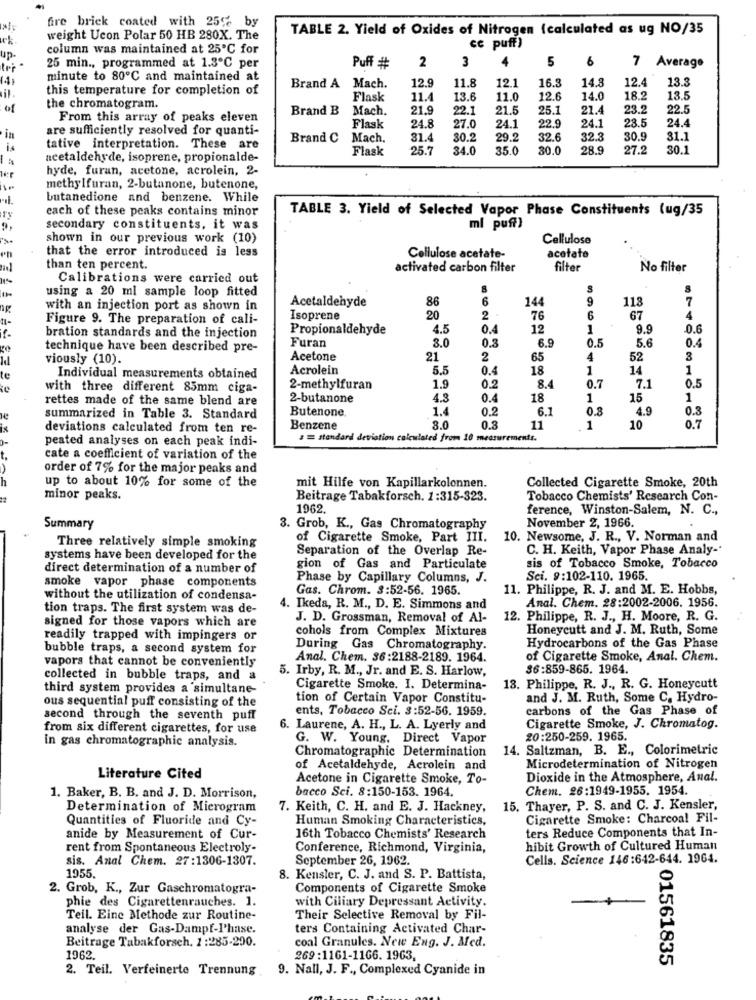
fire brick coated with 255% by
TABLE 2. Yield of Oxides of Nitrogen (calculated as ug NO/35
weight Ucon Polar 50 HB 280X. The
cc puff)
column was maintained at 25℃ for
2
3
5
25 min ., programmed at 1.3℃ per
Puff #
7 Average
minute to 80℃ and maintained at
11.8
16.5
14.3
12.4
13.3
this temperature for completion of
Brand A Mach.
12.9
12.1
Flask
11.4
13.6
11.0
12.6
14.0
18.2
13.5
01
the chromatogram.
Brand B
Mach.
21.9
22.1
21.5
25.1
21.4
23.2
22.5
From this array of peaks eleven
24.1
24.1
23.5
24.4
are sufficiently resolved for quanti-
Flask
24.8
27.0
22.9
in
Brand C
Mach.
31.4
30.2
32.6
32.3
30.9
31.1
tative interpretation. These are
Flask
25.7
34.0
35.0
30.0
28.9
27.2
30.1
1 %
acetaldehyde, isoprene, propionalde-
hyde, furan, acetone, acrolein, 2-
methylfuran, 2-butanone, butenone,
butanedione and benzene. While
each of these peaks contains minor
TABLE 3. Yield of Selected Vapor Phase Constituents (ug/35
secondary constituents, it was
ml puff)
shown in our previous work (10)
Cellulose
that the error introduced is less
Cellulose acetate-
acetate
than ten percent.
activated carbon filter
filter
No filter
Calibrations were carried out
using a 20 ml sample loop fitted
Acetaldehyde
86
6
144
9
113
7
with an injection port as shown in
Figure 9. The preparation of cali-
Isoprene
20
2
76
6
67
Propionaldehyde
4.5
0.4
12
1
9.9
0.6
bration standards and the injection
Furan
3.0
6.9
0.5
5.6
0.4
technique have been described pre-
0.3
viously (10).
Acetone
21
2
65
4
52
3
Acrolein
5.5
0.4
18
1
14
1
te
Individual measurements obtained
1.9
0.7
0.5
with three different 85mm ciga-
2-methylfuran
0.2
8.4
7.1
rettes made of the same blend are
2-butanone
4.3
0.4
18
1
15
1
Butenone
1.4
0.2
6.1
0.8
4.9
0.3
summarized in Table 3. Standard
deviations calculated from ten re-
Benzene
3.0
0.3
11
1
10
0.7
peated analyses on each peak indi-
stend
ulated from 10 measurements.
cate a coefficient of variation of the
-
order of 7% for the major peaks and
Collected Cigarette Smoke, 20th
up to about 10% for some of the
mit Hilfe von Kapillarkolonnen.
minor peaks.
Beitrage Tabakforsch. 1:315-323.
Tobacco Chemists' Research Con-
1962.
ference, Winston-Salem, N. C .,
November 2, 1966.
Summary
3. Grob, K ., Gas Chromatography
of Cigarette Smoke, Part III.
10. Newsome, J. R ., V. Norman and
Three relatively simple smoking
Separation of the Overlap Re-
C. H. Keith, Vapor Phase Analy-
systems have been developed for the
direct determination of a number of
gion of Gas and Particulate
sis of Tobacco Smoke, Tobacco
smoke vapor phase components
Phase by Capillary Columns, J.
Sci. 9:102-110. 1965.
Gas. Chrom. 3:52-56. 1965.
11. Philippe, R. J. and M. E. Hobbs,
without the utilization of condensa-
Anal. Chem. 28:2002-2006. 1956.
tion traps. The first system was de-
4. Ikeda, R. M ., D. E. Simmons and
J. D. Grossman, Removal of Al-
12. Philippe, R. J ., H. Moore, R. G.
signed for those vapors which are
cohols from Complex Mixtures
Honeycutt and J. M. Ruth, Some
readily trapped with impingers or
bubble traps, a second system for
During Gas Chromatography.
Hydrocarbons of the Gas Phase
vapors that cannot be conveniently
Anal. Chem. 36:2188-2189. 1964.
of Cigarette Smoke, Anal. Chem.
5. Irby, R. M ., Jr. and E. S. Harlow,
$6:859-865. 1964.
collected in bubble traps, and a
third system provides a simultane-
Cigarette Smoke. I. Determina-
13. Philippe, R. J ., R. G. Honeycutt
ous sequential puff consisting of the
tion of Certain Vapor Constitu-
and J. M. Ruth, Some C. Hydro-
ents, Tobacco Sci. 3:52-56. 1959.
carbons of the Gas Phase of
second through the seventh puff
from six different cigarettes, for use
6. Laurene, A. H ., L. A. Lyerly and
Cigarette Smoke, J. Chromatog.
in gas chromatographic analysis.
G. W. Young, Direct Vapor
20:250-259. 1965.
Chromatographic Determination
14. Saltzman, B. E ., Colorimetric
of Acetaldehyde, Acrolein and
Microdetermination of Nitrogen
Literature Cited
Acetone in Cigarette Smoke, To-
Dioxide in the Atmosphere, Anal.
bacco Sci. 8:150-153. 1964.
Chem. 26:1949-1955. 1954.
1. Baker, B. B. and J. D. Morrison,
Determination of Microgram
7. Keith, C. H. and E. J. Hackney, 15. Thayer, P. S. and C. J. Kensler,
Quantities of Fluoride and Cy-
Human Smoking Characteristics,
Cigarette Smoke: Charcoal Fil-
ters Reduce Components that In-
anide by Measurement of Cur-
16th Tobacco Chemists' Research
rent from Spontaneous Electroly-
Conference, Richmond, Virginia,
hibit Growth of Cultured Human
sis. Anal Chem. 27:1306-1307.
September 26, 1962.
Cells. Science 146:642-644. 1964.
1955.
8. Kensler, C. J. and S. P. Battista,
2. Grob, K ., Zur Gaschromatogra-
Components of Cigarette Smoke
phie des Cigarettenrauches. 1.
with Ciliary Depressant Activity.
Teil. Eine Methode zur Routine-
Their Selective Removal by Fil-
analyse der Gas-Dampf-Phase.
ters Containing Activated Char-
Beitrage Tabakforsch, 1 :2285-200.
coal Granules. New Eng. J. Med.
1962.
269:1161-1166. 1963,
2. Teil. Verfeinerte Trennung
9. Nall, J. F ., Complexed Cyanide in
01561835